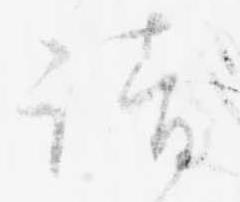
請